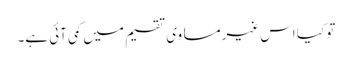
تو کیا اس غیرمساوی تقسیم میں کمی آئی ہے۔